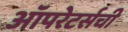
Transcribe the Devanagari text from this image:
ऑपरेटर्सची